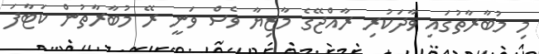
މި މުބާރާތުގައި ވާދަކުރި ރާއްޖޭގެ މާޒިޔާ ވެސް ވަނީ ރޭ މުބާރާތުން ކަޓާފަ